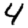
Digit: 4